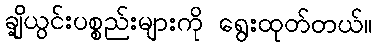
ချို့ယွင်းပစ္စည်းများကို ရွေးထုတ်တယ်။